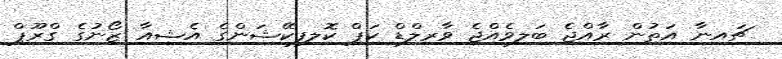
ޗައިނާ އަތުން ރާއްޖެ ބަލިވެއްޖެ ވާރލްޑް ކަޕް ކޮލިފިކޭޝަންގެ އެޝިއާ ޒޯނުގެ ގްރޫޕް